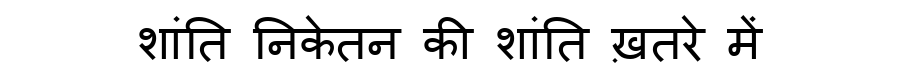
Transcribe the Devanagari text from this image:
शांति निकेतन की शांति ख़तरे में